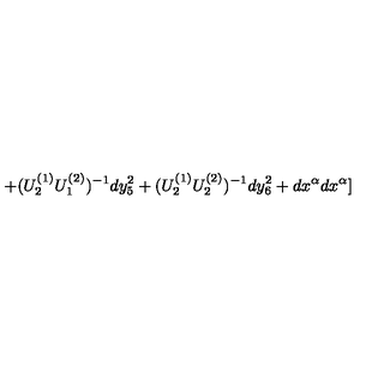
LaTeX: + ( U _ { 2 } ^ { ( 1 ) } U _ { 1 } ^ { ( 2 ) } ) ^ { - 1 } d y _ { 5 } ^ { 2 } + ( U _ { 2 } ^ { ( 1 ) } U _ { 2 } ^ { ( 2 ) } ) ^ { - 1 } d y _ { 6 } ^ { 2 } + d x ^ { \alpha } d x ^ { \alpha } ]